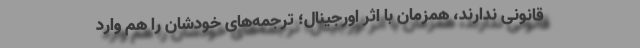
قانونی ندارند، همزمان با اثر اورجینال؛ ترجمه‌های خودشان را هم وارد